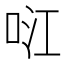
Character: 𭇮